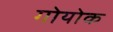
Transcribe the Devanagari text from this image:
गोयोक